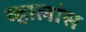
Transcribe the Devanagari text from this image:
व्हालांस